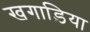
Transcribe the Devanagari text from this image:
खगाड़िया